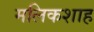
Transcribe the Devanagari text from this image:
मलिकशाह